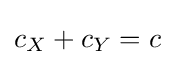
c_{X}+c_{Y}=c